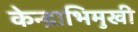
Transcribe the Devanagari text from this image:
केन्द्राभिमुखी